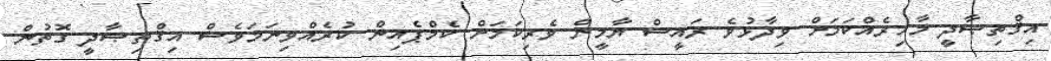
އިޤްތިޞާދީ މާހިރެއްކަމަށް ވިދާޅުވެ ރައީސް ޔާމީން ވެރިކަމަށް ކެމްޕެއިން ކުރެއްވިނަމަވެސް އިޤްތިޞާދީ ގޮތުން